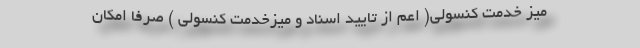
میز خدمت کنسولی( اعم از تایید اسناد و میزخدمت کنسولی ) صرفا امکان